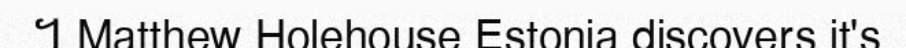
។ Matthew Holehouse Estonia discovers it's